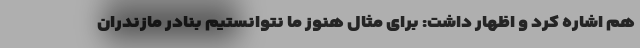
هم اشاره کرد و اظهار داشت: برای مثال هنوز ما نتوانستیم بنادر مازندران